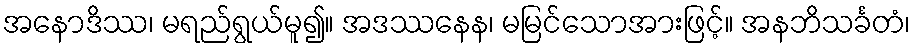
အနောဒိဿ၊ မရည်ရွယ်မူ၍။ အဒဿနေန၊ မမြင်သောအားဖြင့်။ အနဘိသင်္ခတံ၊